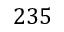
2 3 5